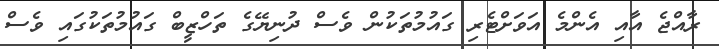
ރާއްޖެ އާއި އެންމެ އަވަށްޓެރި ގައުމުތަކުން ވެސް ދުނިޔޭގެ ތަހްޒީބް ގައުމުތަކުގައި ވެސް